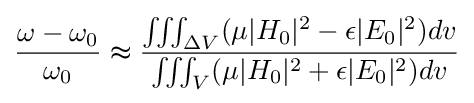
{\frac {\omega -\omega _{0}}{\omega _{0}}}\thickapprox {\frac {\iiint _{\Delta V}(\mu |H_{0}|^{2}-\epsilon |E_{0}|^{2})dv}{\iiint _{V}(\mu |H_{0}|^{2}+\epsilon |E_{0}|^{2})dv}}